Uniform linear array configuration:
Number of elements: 12
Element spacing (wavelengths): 1
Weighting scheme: hann
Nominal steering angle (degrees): -15
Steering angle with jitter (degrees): -13.207
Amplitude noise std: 0.05
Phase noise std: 0.05

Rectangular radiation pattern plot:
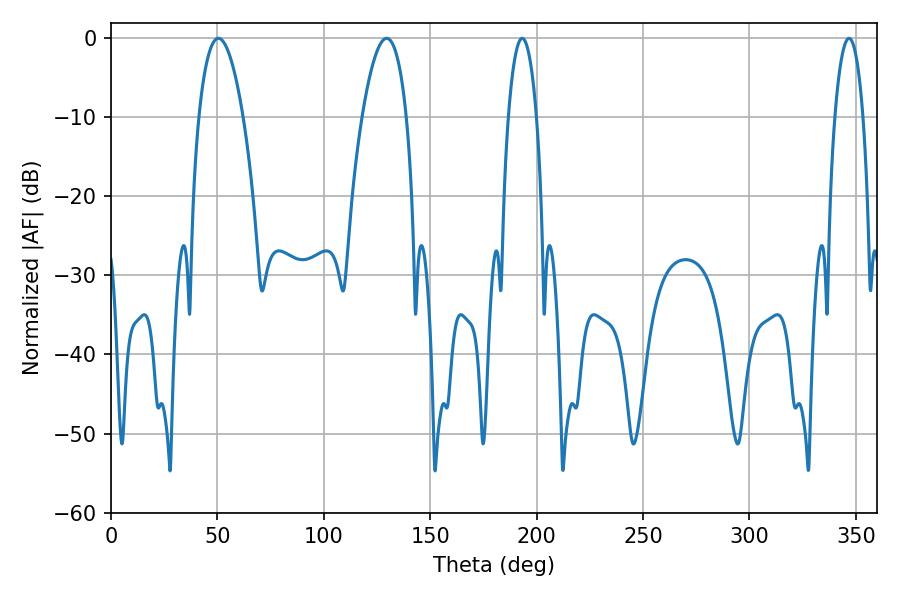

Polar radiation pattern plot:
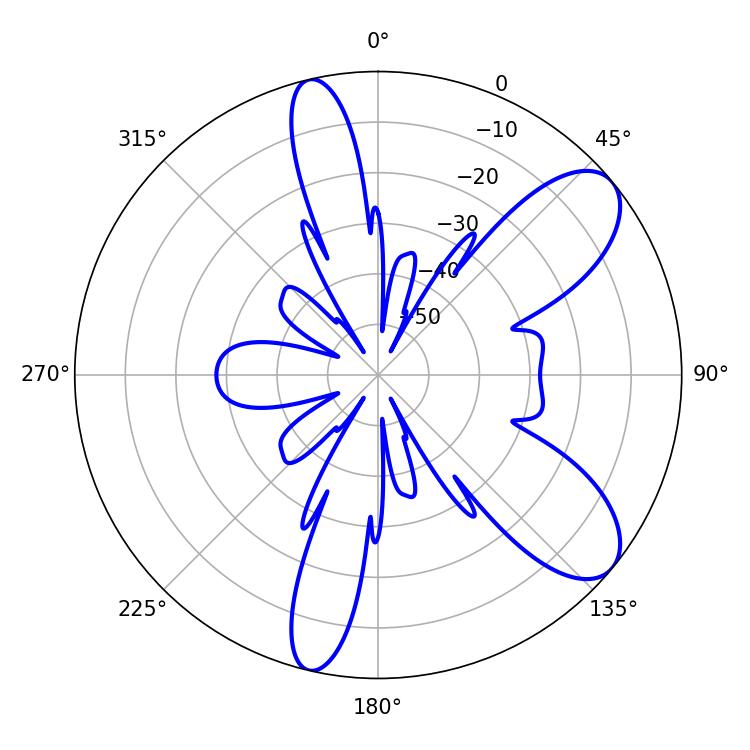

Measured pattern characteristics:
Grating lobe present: TRUE
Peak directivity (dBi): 8.682
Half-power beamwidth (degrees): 11.7
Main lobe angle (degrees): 50.4